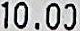
10.00